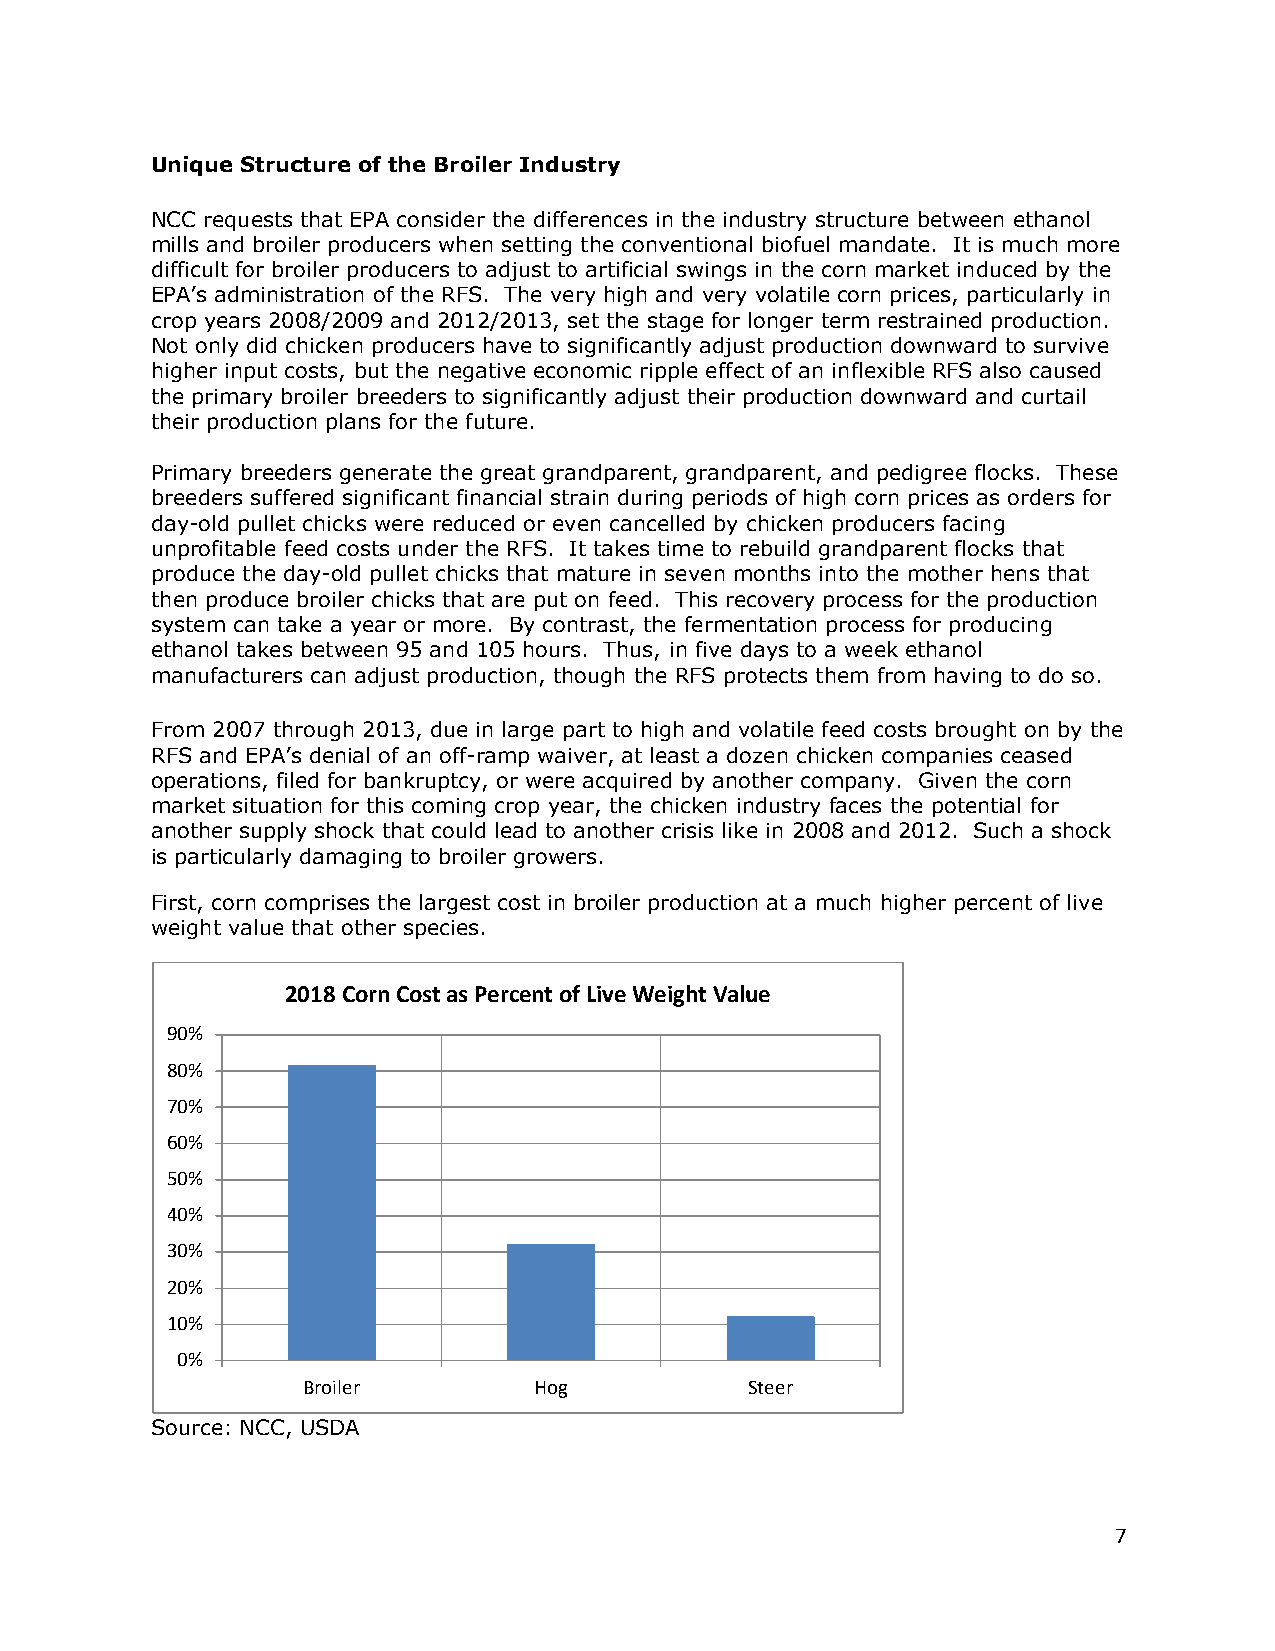
Unique Structure of the Broiler Industry
 NCC requests that EPA consider the differences in the industry structure between ethanol
 mills and broiler producers when setting the conventional biofuel mandate. It is much more
 difficult for broiler producers to adjust to artificial swings in the corn market induced by the
 EPA’s administration of the RFS. The very high and very volatile corn prices, particularly in
 crop years 2008/2009 and 2012/2013, set the stage for longer term restrained production.
 Not only did chicken producers have to significantly adjust production downward to survive
 higher input costs, but the negative economic ripple effect of an inflexible RFS also caused
 the primary broiler breeders to significantly adjust their production downward and curtail
 their production plans for the future.
 Primary breeders generate the great grandparent, grandparent, and pedigree flocks. These
 breeders suffered significant financial strain during periods of high corn prices as orders for
 day-old pullet chicks were reduced or even cancelled by chicken producers facing
 unprofitable feed costs under the RFS. It takes time to rebuild grandparent flocks that
 produce the day-old pullet chicks that mature in seven months into the mother hens that
 then produce broiler chicks that are put on feed. This recovery process for the production
 system can take a year or more. By contrast, the fermentation process for producing
 ethanol takes between 95 and 105 hours. Thus, in five days to a week ethanol
 manufacturers can adjust production, though the RFS protects them from having to do so.
 From 2007 through 2013, due in large part to high and volatile feed costs brought on by the
 RFS and EPA’s denial of an off-ramp waiver, at least a dozen chicken companies ceased
 operations, filed for bankruptcy, or were acquired by another company. Given the corn
 market situation for this coming crop year, the chicken industry faces the potential for
 another supply shock that could lead to another crisis like in 2008 and 2012. Such a shock
 is particularly damaging to broiler growers.
 First, corn comprises the largest cost in broiler production at a much higher percent of live
 weight value that other species.
 2018 Corn Cost as Percent of Live Weight Value
 90%
 80%
 70%
 60%
 50%
 40%
 30%
 20%
 10%
 0%
 Broiler        Hog            Steer
 Source: NCC, USDA
 7